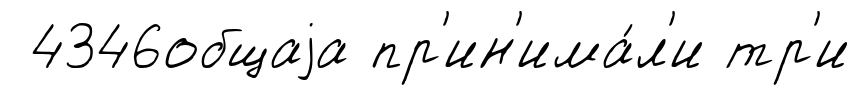
4346общаjа пр'ин'има́л'и тр'и